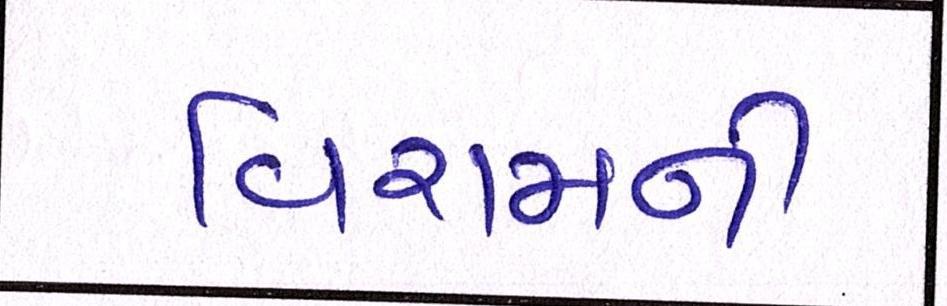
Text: વિરામની